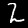
Digit: 2